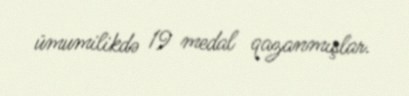
ümumilikdə 19 medal qazanmışlar.